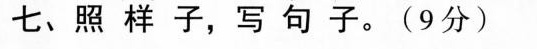
七、照样子，写句子。(9分)